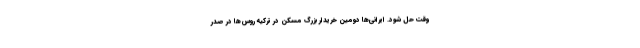
وقت حل شود. ایرانی‌ها دومین خریدار بزرگ مسکن در ترکیه روس‌ها در صدر